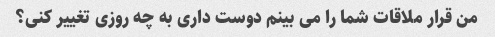
من قرار ملاقات شما را می بینم دوست داری به چه روزی تغییر کنی؟